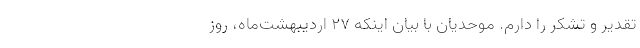
تقدیر و تشکر را دارم. موحدیان با بیان اینکه ۲۷ اردیبهشت‌ماه، روز